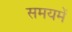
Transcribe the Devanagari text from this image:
समयमें